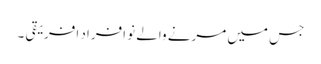
جس میں مرنے والے نو افراد افریقی ۔